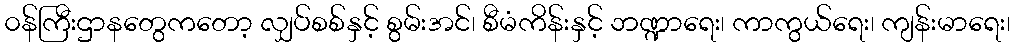
၀န်ကြီးဌာနတွေကတော့ လျှပ်စစ်နှင့် စွမ်းအင်၊ စီမံကိန်းနှင့် ဘဏ္ဍာရေး၊ ကာကွယ်ရေး၊ ကျန်းမာရေး၊